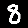
Digit: 8